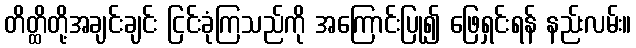
တိတ္ထိတို့အချင်းချင်း ငြင်းခုံကြသည်ကို အကြောင်းပြု၍ ဖြေရှင်းရန် နည်းလမ်း။